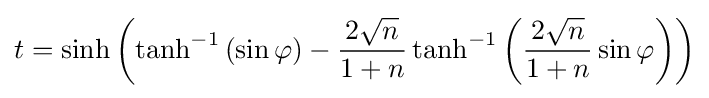
t=\sinh \left(\tanh ^{-1}\left(\sin \varphi \right)-{\frac {2{\sqrt {n}}}{1+n}}\tanh ^{-1}\left({\frac {2{\sqrt {n}}}{1+n}}\sin \varphi \right)\right)